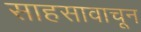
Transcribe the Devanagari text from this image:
साहसावाचून